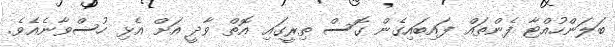
ބަލަންހުއްޓާ ފެންތައް ފައިބައިގެން ގޮސް ތިރީގައި އޮތް ވާދީ އަށް އެޅި ހުސްވާނެއެވެ.